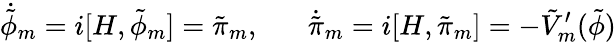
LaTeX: \dot{\tilde{\phi}}_{m}=i[H,\tilde{\phi}_{m}]=\tilde{\pi}_{m},\; \; \; \; \; \; \dot{\tilde{\pi}}_{m}=i[H,\tilde{\pi}_{m}]=-\tilde{V}_{m}^{\prime}(\tilde{\phi})